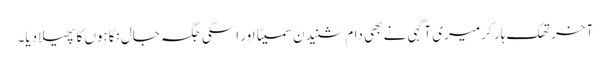
آخر تھک ہار کر میری آگہی نے بھی دامِ شنیدن سمیٹا اور اسکی جگہ جال نگاہوں کا پھیلا دیا۔